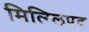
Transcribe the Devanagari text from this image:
मित्ग्लिएद